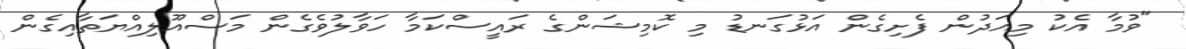
"ވުމާ އެކު މިއަދުން ފެށިގެން އަޅުގަނޑު މި ކޮމިޝަންގެ ރައީސްކަމާ ހަވާލުވެގެން މަސްއޫލިއްޔަތާއިގެން